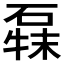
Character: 𰧍